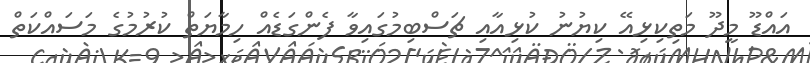
އައްޑޫ މީދޫ މަތިކިޅިއޭ ކިޔުނު ކުޅިއާއި ޗަސްބިމުގައިވާ ފެންގަޑެއް ހިމާޔަތް ކުރުމުގެ މަސައްކަތް